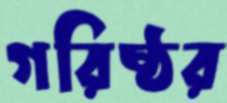
গরিষ্ঠর